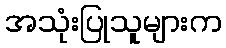
အသုံးပြုသူများက